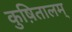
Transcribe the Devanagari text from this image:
कुष़ितालम्